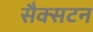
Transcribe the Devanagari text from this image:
सैक्सटन